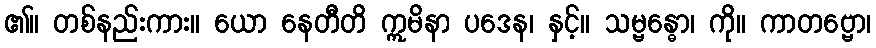
၏။ တစ်နည်းကား။ ယော နေတီတိ ဣမိနာ ပဒေန၊ နှင့်။ သမ္ဗန္ဓော၊ ကို။ ကာတဗ္ဗော၊